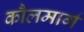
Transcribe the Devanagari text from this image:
कौलमार्ग